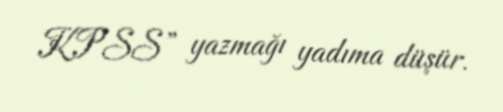
KPSS” yazmağı yadıma düşür.